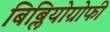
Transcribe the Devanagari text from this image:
बिब्लियोग्रोफी